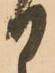
日